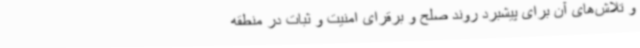
و تلاش‌های آن برای پیشبرد روند صلح و برقرای امنیت و ثبات در منطقه